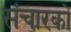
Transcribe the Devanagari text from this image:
संचारकों